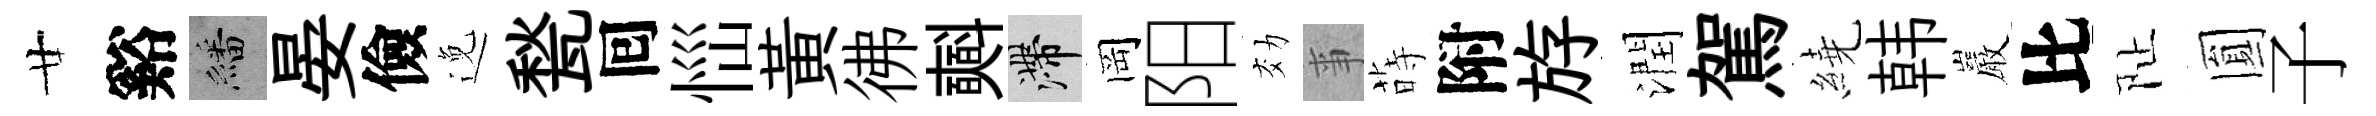
廿谿繙晏儉𨓜甃囘𢙉黄彿𣂏滯岡阳効亊蒔附斿潤駕繞韩巖比阯圎子